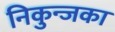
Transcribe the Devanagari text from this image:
निकुन्जका